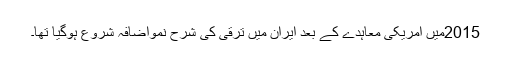
2015میں امریکی معاہدے کے بعد ایران میں ترقی کی شرح نمواضافہ شروع ہوگیا تھا۔